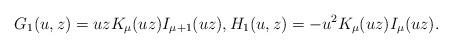
LaTeX: \begin{gather*}G_1(u,z) = uz K_\mu(uz)I_{\mu+1}(uz),H_1(u,z) = -u^2K_\mu(uz)I_\mu(uz) .\end{gather*}